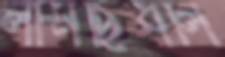
লামছিধলি